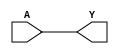
// This program was cloned from: https://github.com/yrrapt/caravel_amsat_txrx_ic
// License: Apache License 2.0

/* Primitive cells, Clifford Wolf, http://http://www.clifford.at/yosys */

module BUF(A, Y);
    input A;
    output Y;
    assign Y = A;
endmodule

module NOT(A, Y);
    input A;
    output Y;
    assign Y = ~A;
endmodule

module NAND(A, B, Y);
    input A, B;
    output Y;
    assign Y = ~(A & B);
endmodule

module NOR(A, B, Y);
    input A, B;
    output Y;
    assign Y = ~(A | B);
endmodule

module DFF(C, D, Q);
    input C, D;
    output reg Q;
    always @(posedge C)
        Q <= D;
endmodule

module DFFSR(C, D, Q, S, R);
    input C, D, S, R;
    output reg Q;
    always @(posedge C, posedge S, posedge R)
        if (S)
            Q <= 1'b1;
        else if (R)
            Q <= 1'b0;
        else
            Q <= D;
endmodule